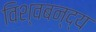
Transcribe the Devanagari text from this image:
विश्वबन्द्य